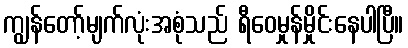
ကျွန်တော့်မျက်လုံးအစုံသည် ရီဝေမှုန်မှိုင်းနေပါပြီ။